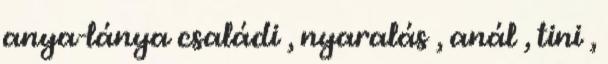
anya-lánya családi , nyaralás , anál , tini ,